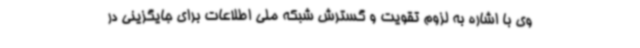
وی با اشاره به لزوم تقویت و گسترش شبکه ملی اطلاعات برای جایگزینی در